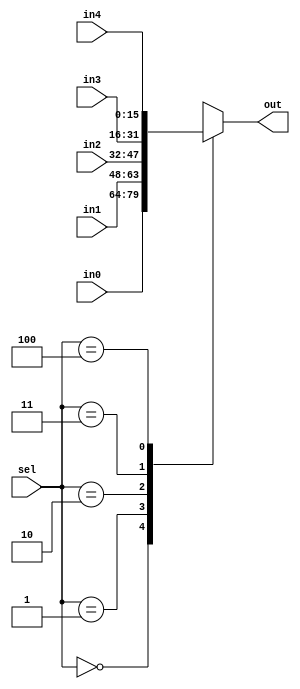
module Mux5in #(parameter
	data_width = 16
)(
	input [data_width-1: 0] in0,
	input [data_width-1: 0] in1,
	input [data_width-1: 0] in2,
	input [data_width-1: 0] in3,
	input [data_width-1: 0] in4,
	input [3-1: 0] sel,
	output [data_width-1: 0] out
);
reg [data_width-1: 0] temp;
always@(*) begin
	case(sel)
		3'd0: begin
			temp = in0;
		end
		3'd1: begin
			temp = in1;
		end
		3'd2: begin
			temp = in2;
		end
		3'd3: begin
			temp = in3;
		end
		3'd4: begin
			temp = in4;
		end
		default: begin
			temp = {data_width{1'bx}};
		end
	endcase
end
assign out = temp;
endmodule